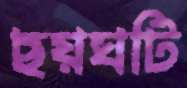
ছয়ঘটি